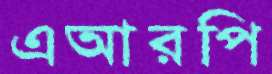
এআরপি